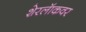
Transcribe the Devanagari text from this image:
शेरलॅाकवर